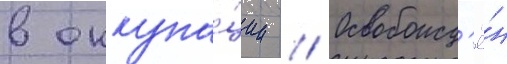
в оккупа́ции // Освобожд'ё́н